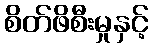
စိတ်ဖိစီးမှုနှင့်